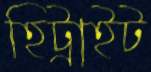
হিট্রাইট